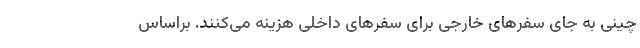
چینی به جای سفرهای خارجی برای سفرهای داخلی هزینه می‌کنند. براساس